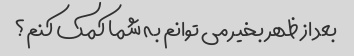
بعد از ظهر بخیر می توانم به شما کمک کنم؟